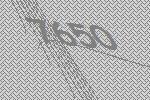
7650